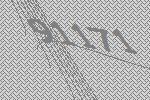
91171